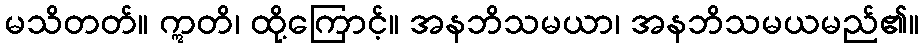
မသိတတ်။ ဣတိ၊ ထို့ကြောင့်။ အနဘိသမယာ၊ အနဘိသမယမည်၏။